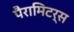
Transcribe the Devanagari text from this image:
पैरामिटर्स